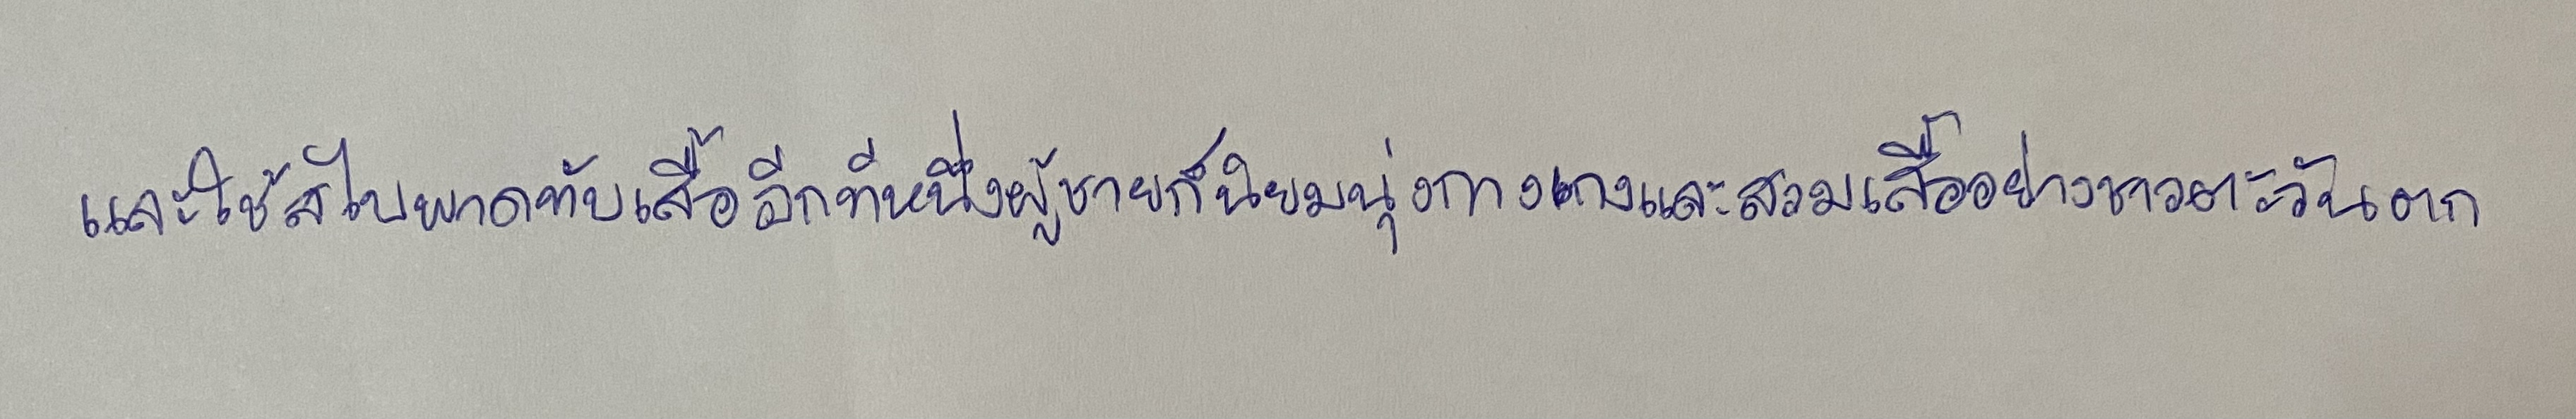
และใช้สไบพาดทับเสื้ออีกทีหนึ่งผู้ชายก็นิยมนุ่งกางเกงและสวมเสื้ออย่างชาวตะวันตก